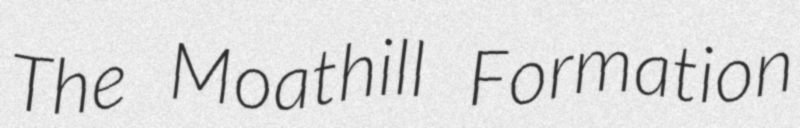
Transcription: The Moathill Formation